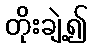
တိုးချဲ့၍